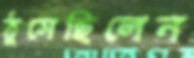
ঠুসেছিলেন